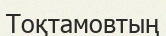
Тоқтамовтың